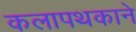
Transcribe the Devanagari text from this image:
कलापथकाने